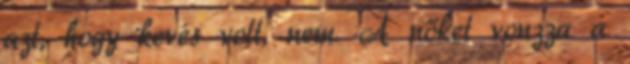
azt, hogy kevés volt, nem. A nőket vonzza a